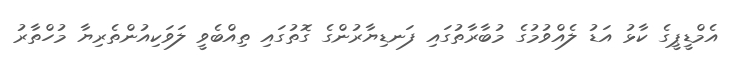
އެމްޑީޕީގެ ކާޅު އަޑު ލެއްވުމުގެ މުބާރާތުގައި ފަނޑިޔާރުންގެ ގޮތުގައި ތިއްބެވީ ލަވަކިއުންތެރިޔާ މުހްތާރު